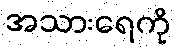
အသားရေကို